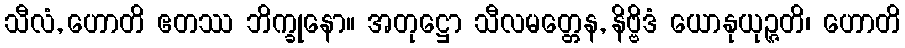
သီလံ, ဟောတိ ဧတဿ ဘိက္ခုနော။ အတုဋ္ဌော သီလမတ္တေန, နိဗ္ဗိဒံ ယောနုယုဉ္ဇတိ၊ ဟောတိ